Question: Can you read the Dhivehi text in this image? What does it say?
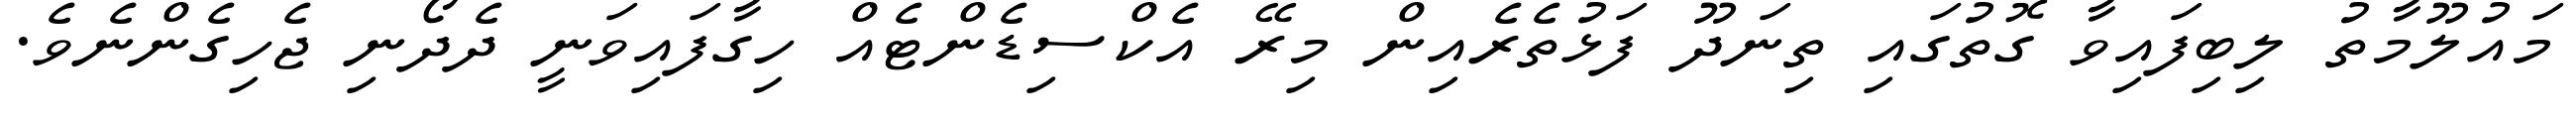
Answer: މައުލޫމާތު ލިބިފައިވާ ގޮތުގައި ތިނަދޫ ފަޅުތެރެއިން މިރޭ އެކްސިޑެންޓެއް ހިގާފައިވަނީ ދެދޯނި ޖެހިގެންނެވެ.